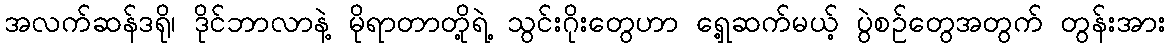
အလက်ဆန်ဒရို၊ ဒိုင်ဘာလာနဲ့ မိုရာတာတို့ရဲ့ သွင်းဂိုးတွေဟာ ရှေ့ဆက်မယ့် ပွဲစဉ်တွေအတွက် တွန်းအား